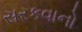
સરકવાનો